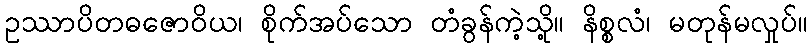
ဥဿာပိတဓဇောဝိယ၊ စိုက်အပ်သော တံခွန်ကဲ့သို့။ နိစ္စလံ၊ မတုန်မလှုပ်။